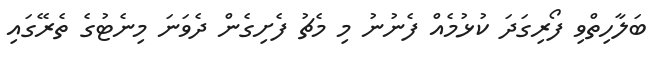
ބަލާހިތްވި ފޯރިގަދަ ކުޅުމެއް ފެނުނު މި މެޗު ފެށިގެން ދެވަނަ މިނެޓުގެ ތެރޭގައި